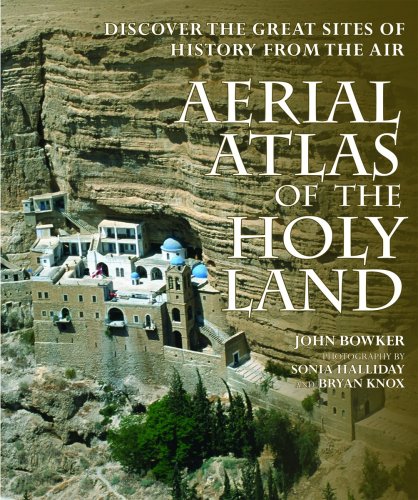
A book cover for Aerial Atlas of the Holy Land: Discover the Great Sites of History from the Air; John Bowker; Arts & Photography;